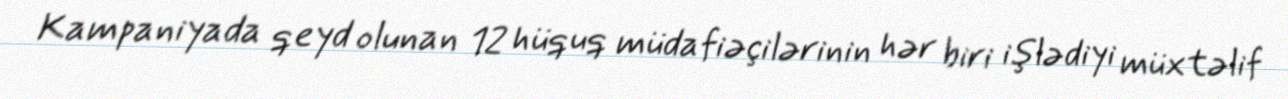
Kampaniyada qeyd olunan 12 hüquq müdafiəçilərinin hər biri işlədiyi müxtəlif